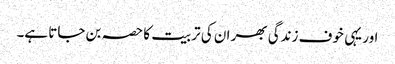
اور یہی خوف زندگی بھر ان کی تربیت کا حصہ بن جاتا ہے۔